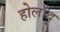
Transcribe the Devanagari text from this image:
होलांद